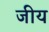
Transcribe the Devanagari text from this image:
जीय